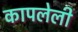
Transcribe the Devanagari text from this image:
कापलेली